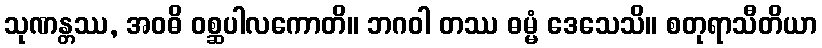
သုဏန္တဿ, အဝဓိ ဝစ္ဆပါလကောတိ။ ဘဂဝါ တဿ ဓမ္မံ ဒေသေသိ။ စတုရာသီတိယာ